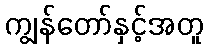
ကျွန်တော်နှင့်အတူ